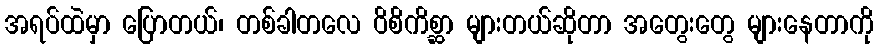
အရပ်ထဲမှာ ပြောတယ်၊ တစ်ခါတလေ ဝိစိကိစ္ဆာ များတယ်ဆိုတာ အတွေးတွေ များနေတာကို